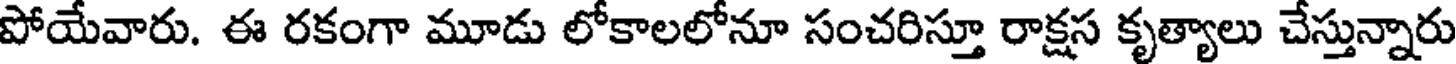
పోయేవారు. ఈ రకంగా మూడు లోకాలలోనూ సంచరిస్తూ రాక్షస కృత్యాలు చేస్తున్నారు